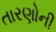
તારણોની